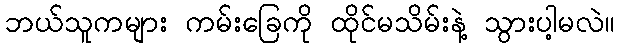
ဘယ်သူကများ ကမ်းခြေကို ထိုင်မသိမ်းနဲ့ သွားပါ့မလဲ။